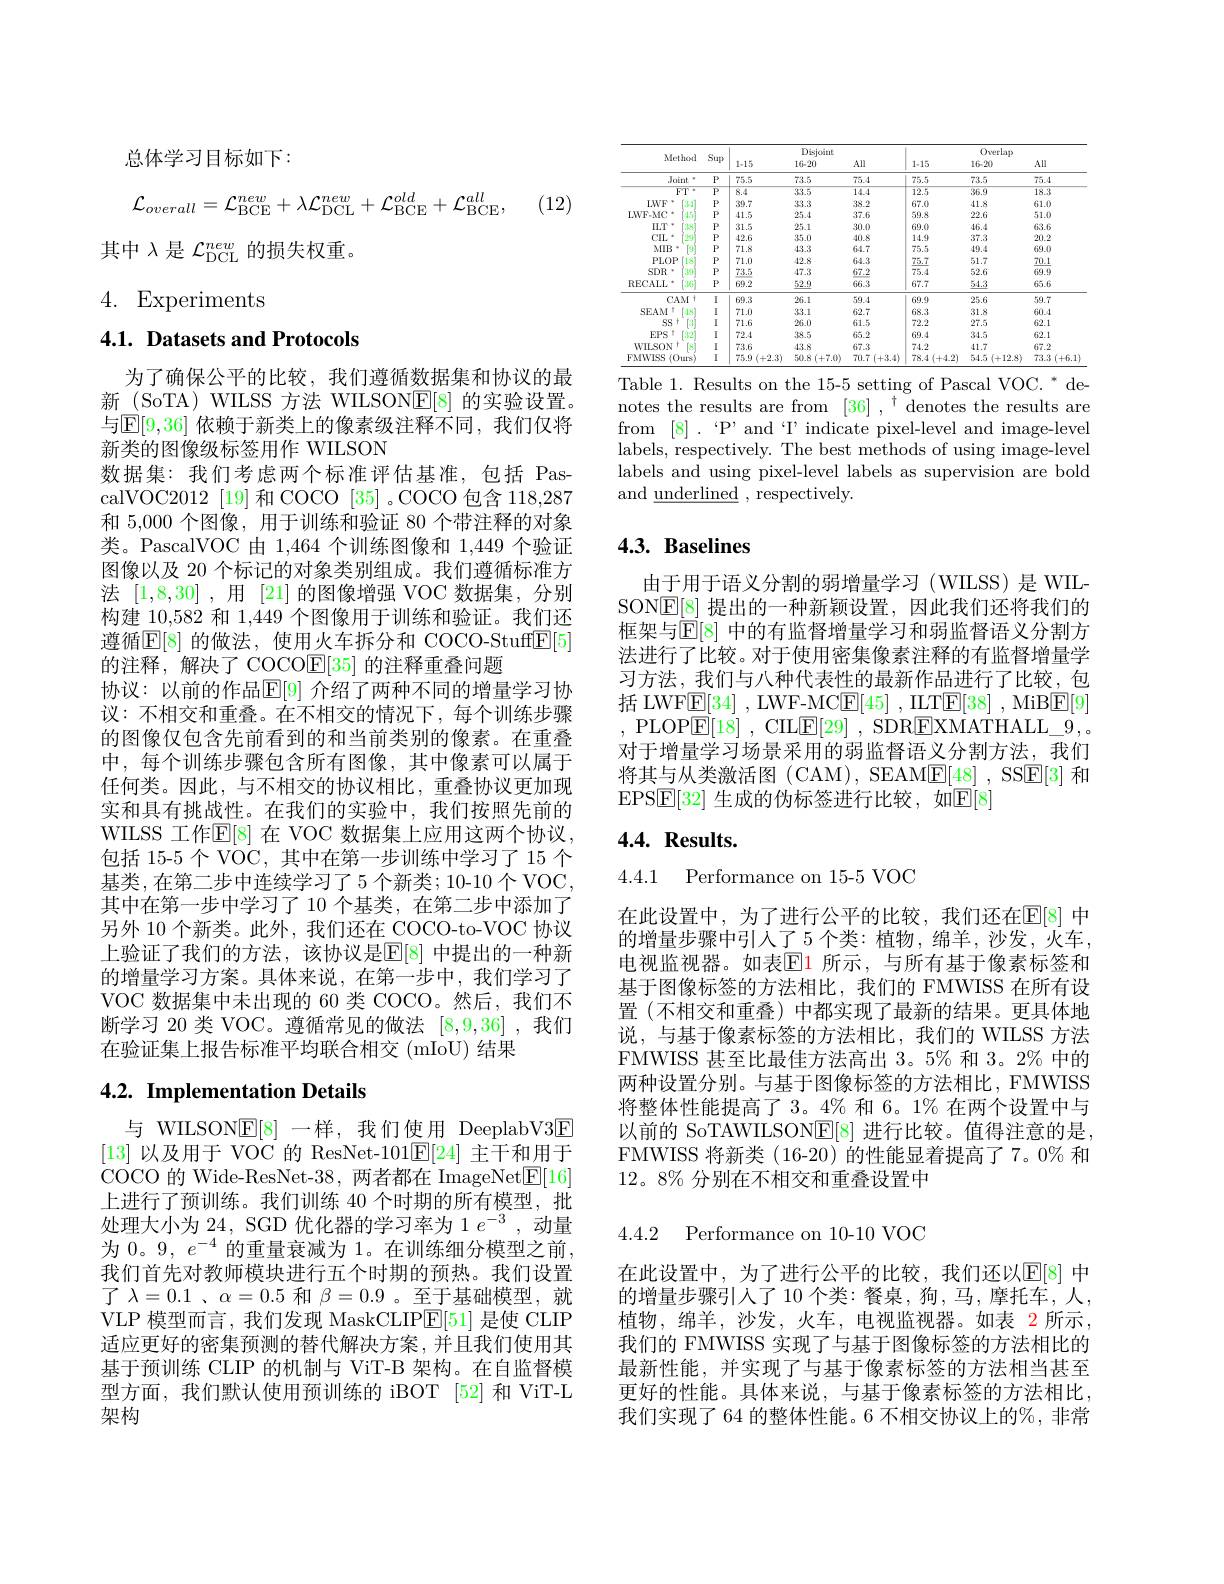
总体学习目标如下：
$$\mathcal{L}_{overall}=\mathcal{L}_{\mathrm{BCE}}^{new}+\lambda\mathcal{L}_{\mathrm{DCL}}^{new}+\mathcal{L}_{\mathrm{BCE}}^{old}+\mathcal{L}_{\mathrm{BCE}}^{all},$$
(12)

其中$\lambda$是$\mathcal{L}_\mathrm{DCL}^{new}$的损失权重。

4. Experiments

## 4.1. Datasets and Protocols

为了确保公平的比较，我们遵循数据集和协议的最新 (SoTA) WILSS 方法 WILSON$\underline{\mathrm{E}}[8]$的实验设置。与$\operatorname{E}[9,36]$ 依赖于新类上的像素级注释不同，我们仅将新类的图像级标签用作 WILSON
数据集：我们考虑两个标准评估基准，包括 PascalVOC2012 [19]和COCO [35] .COCO 包含 118,287和 5,000 个图像，用于训练和验证 80 个带注释的对象类。PascalVOC 由 1,464 个训练图像和 1,449 个验证图像以及 20 个标记的对象类别组成。我们遵循标准方法[1,8,30] ,用 [21] 的图像增强 VOC 数据集，分别构建 10,582 和 1,449 个图像用于训练和验证。我们还遵循$\overline{\mathbb{E}}[8]$ 的做法，使用火车拆分和 COCO-Stuff$\underline{\mathbb{E}}[5]$ 的注释，解决了 COCO$\mathbb{E}[35]$的注释重叠问题
协议：以前的作品$\mathbb{E}[9]$ 介绍了两种不同的增量学习协议：不相交和重叠。在不相交的情况下，每个训练步骤的图像仅包含先前看到的和当前类别的像素。在重叠中，每个训练步骤包含所有图像，其中像素可以属于任何类。因此，与不相交的协议相比，重叠协议更加现实和具有挑战性。在我们的实验中，我们按照先前的WILSS 工作$\mathbb{E}[8]$ 在 VOC 数据集上应用这两个协议， 包括 15-5 个 VOC, 其中在第一步训练中学习了 15 个基类，在第二步中连续学习了5 个新类；10-10个VOC， 其中在第一步中学习了 10 个基类，在第二步中添加了另外 10 个新类。此外，我们还在 COCO-to-VOC 协议上验证了我们的方法，该协议是$\mathbb{E}[8]$ 中提出的一种新的增量学习方案。具体来说，在第一步中，我们学习了VOC 数据集中未出现的 60 类 COCO。然后，我们不断学习 20 类 VOC。遵循常见的做法[8,9,36] ,我们在验证集上报告标准平均联合相交(mIoU) 结果

## 4.2. Implementation Details

与 WILSON$\mathbb{E}[8]$一样，我们使用 DeeplabV3E [13]以及用于 VOC 的 ResNet-101$\underline{\mathrm{E}}[24]$主干和用于COCO 的 Wide-ResNet-38, 两者都在 ImageNet$\underline{\mathrm{E}}[16]$ 上进行了预训练。我们训练 40 个时期的所有模型，批处理大小为 24, SGD 优化器的学习率为 1 $e^{-3}$,动量为 0。9, $e^-4$ 的重量衰减为 1。在训练细分模型之前， 我们首先对教师模块进行五个时期的预热。我们设置了$\lambda=0.1$ 、$\alpha=0.5$和$\beta=0.9$ 。至于基础模型，就VLP 模型而言，我们发现 MaskCLIP[51]是使 CLIP 适应更好的密集预测的替代解决方案，并且我们使用其基于预训练 CLIP 的机制与 ViT-B 架构。在自监督模型方面，我们默认使用预训练的 iBOT [52]和 ViT-L 架构

<table>
	<tbody>
		<tr>
			<th> </th>
			<th> </th>
			<th> </th>
			<th>Disjoint</th>
			<th> </th>
			<th> </th>
			<th>Overlap</th>
			<th> </th>
		</tr>
		<tr>
			<th>Method</th>
			<th>Sup</th>
			<th>1-15</th>
			<th>Disjoint 16-20</th>
			<th>All</th>
			<th>1.15</th>
			<th>Overlap 16-20</th>
			<th>All</th>
		</tr>
		<tr>
			<th>Metlich</th>
			<th>Sup</th>
			<th>1-15</th>
			<th>16-20</th>
			<th>All</th>
			<th>1.15</th>
			<th>16-20</th>
			<th>All</th>
		</tr>
		<tr>
			<td>Joint</td>
			<td>$P$</td>
			<td>75.5</td>
			<td>73.5</td>
			<td>75.4</td>
			<td>75.5</td>
			<td>73.5</td>
			<td>75.4</td>
		</tr>
		<tr>
			<td>$FT$</td>
			<td>$\overline{P}$</td>
			<td>8.4</td>
			<td>33.5</td>
			<td>14.4</td>
			<td>12.5</td>
			<td>36.9</td>
			<td>18.3</td>
		</tr>
		<tr>
			<td>LWF $\therefore3-1$</td>
			<td>$P$</td>
			<td>39.7</td>
			<td>33.3</td>
			<td>38.2</td>
			<td>67.0</td>
			<td>41.8</td>
			<td>61.0</td>
		</tr>
		<tr>
			<td>LWF-MC =1.5</td>
			<td>$P$</td>
			<td>41.5</td>
			<td>25.4</td>
			<td>37.6</td>
			<td>59.8</td>
			<td>22.6</td>
			<td>51.0</td>
		</tr>
		<tr>
			<td>$ILT$ 38</td>
			<td>$P$</td>
			<td>31.5</td>
			<td>25.1</td>
			<td>30.0</td>
			<td>69.0</td>
			<td>46.4</td>
			<td>63.6</td>
		</tr>
		<tr>
			<td>CIL. 29</td>
			<td>$P$</td>
			<td>42.6</td>
			<td>35.0</td>
			<td>40.8</td>
			<td>14.9</td>
			<td>37.3</td>
			<td>20.2</td>
		</tr>
		<tr>
			<td>$MIB$</td>
			<td>$P$</td>
			<td>71.8</td>
			<td>43.3</td>
			<td>64.7</td>
			<td>75.5</td>
			<td>49.4</td>
			<td>69.0</td>
		</tr>
		<tr>
			<td>PLOP 18</td>
			<td>$P$</td>
			<td>71.0</td>
			<td>42.8</td>
			<td>64.3</td>
			<td>75.7</td>
			<td>51.7</td>
			<td>70.1</td>
		</tr>
		<tr>
			<td>SDR 39</td>
			<td>$P$</td>
			<td>73.5</td>
			<td>47.3</td>
			<td>67.2</td>
			<td>75.4</td>
			<td>52.6</td>
			<td>69.9</td>
		</tr>
		<tr>
			<td>RECALL $3ti$</td>
			<td>$P$</td>
			<td>69.2</td>
			<td>$\underline{52.9}$</td>
			<td>66.3</td>
			<td>67.7</td>
			<td>54.3</td>
			<td>65.6</td>
		</tr>
		<tr>
			<td>CAM 1+</td>
			<td>I</td>
			<td>69.3</td>
			<td>26.1</td>
			<td>59.4</td>
			<td>69.9</td>
			<td>25.6</td>
			<td>59.7</td>
		</tr>
		<tr>
			<td>SEAM =1.8</td>
			<td>I</td>
			<td>71.0</td>
			<td>33.1</td>
			<td>62.7</td>
			<td>68.3</td>
			<td>31.8</td>
			<td>60.4</td>
		</tr>
		<tr>
			<td>SS</td>
			<td>I</td>
			<td>71.6</td>
			<td>26.0</td>
			<td>61.5</td>
			<td>72.2</td>
			<td>27.5</td>
			<td>62.1</td>
		</tr>
		<tr>
			<td>EPS 32</td>
			<td>I</td>
			<td>72.4</td>
			<td>38.5</td>
			<td>65.2</td>
			<td>69.4</td>
			<td>34.5</td>
			<td>62.1</td>
		</tr>
		<tr>
			<td>WILSON</td>
			<td>I</td>
			<td>73.6</td>
			<td>43.8</td>
			<td>67.3</td>
			<td>74.2</td>
			<td>41.7</td>
			<td>67.2</td>
		</tr>
		<tr>
			<td>FMWISS $(0urs$</td>
			<td>I</td>
			<td>$75.9\left(+2.3\right)$</td>
			<td>50.8 (+7.0)</td>
			<td>$70.7\left(+3.4\right)$</td>
			<td>$78.4\left(+4.2\right)$</td>
			<td>54.5 (+12.8)</td>
			<td>73.3 (+6.1</td>
		</tr>
	</tbody>
</table>
Table 1. Results on the 15-5 setting of Pascal VOC. * de-

notes the results are from $[36],^\dagger$ denotes the results are from [8] . $`$P'and“I'indicate pixel-level and image-level labels, respectively. The best methods of using image-level labels and using pixel-level labels as supervision are bold and$\underline{\text{underlined}}$,respectively.

## $4. 3. \textbf{ Baselines}$

由于用于语义分割的弱增量学习(WILSS)是WILSON$\mathbb{E}[8]$提出的一种新颖设置，因此我们还将我们的框架与$\operatorname{E}[8]$ 中的有监督增量学习和弱监督语义分割方法进行了比较。对于使用密集像素注释的有监督增量学习方法，\_我们与八种代表性的最新作品进行了比较，包括 LWF$\boxed{\mathrm{E}}[34]$ , LWF-MC$\boxed{\mathrm{E}}[45]$ , IILT$\boxed{\mathrm{E}}[38]$ , MiB$\boxed{\mathrm{E}}[9]$ ,PLOP$\overline{\mathrm{E}}[18]$,CILE[29],SDREXMATHALL\_9, 对于增量学习场景采用的弱监督语义分割方法，我们将其与从类激活图 (CAM), SEAM$\underline{\mathrm{E}}[48]$, SSE[3] 和EPS$\mathbb{E}[32]$ 生成的伪标签进行比较，如$\mathbb{E}[8]$

## $4. 4. \textbf{Results. }$

4.4.1 Performance on 15-5 VOC

在此设置中，为了进行公平的比较，我们还在$\mathbb{E}[8]$ 中的增量步骤中引入了5 个类：植物，绵羊，沙发，火车， 电视监视器。如表$\mathbb{E}$1 所示，与所有基于像素标签和基于图像标签的方法相比，我们的 FMWISS 在所有设置 (不相交和重叠) 中都实现了最新的结果。更具体地说，与基于像素标签的方法相比，我们的 WILSS 方法FMWISS 甚至比最佳方法高出 3。5% 和 3。2% 中的两种设置分别。与基于图像标签的方法相比，FMWISS 将整体性能提高了 3。4% 和 6。1% 在两个设置中与以前的 SoTAWILSON$\underline{\mathbb{E}}[8]$进行比较。值得注意的是， FMWISS 将新类(16-20)的性能显着提高了7。0% 和12。8% 分别在不相交和重叠设置中

4.4.2 Performance on 10-10 VOC

在此设置中，为了进行公平的比较，我们还以$\mathbb{E}[8]$ 中的增量步骤引人了10 个类：餐桌，狗，马，摩托车，人， 植物，绵羊，沙发，火车，电视监视器。如表 2所示， 我们的 FMWISS 实现了与基于图像标签的方法相比的最新性能，并实现了与基于像素标签的方法相当甚至更好的性能。具体来说，与基于像素标签的方法相比， 我们实现了 64 的整体性能。6 不相交协议上的%,非常